King Institute of Preventive Medicine Micro-Biological Section reports 1909-11
Year: 1909
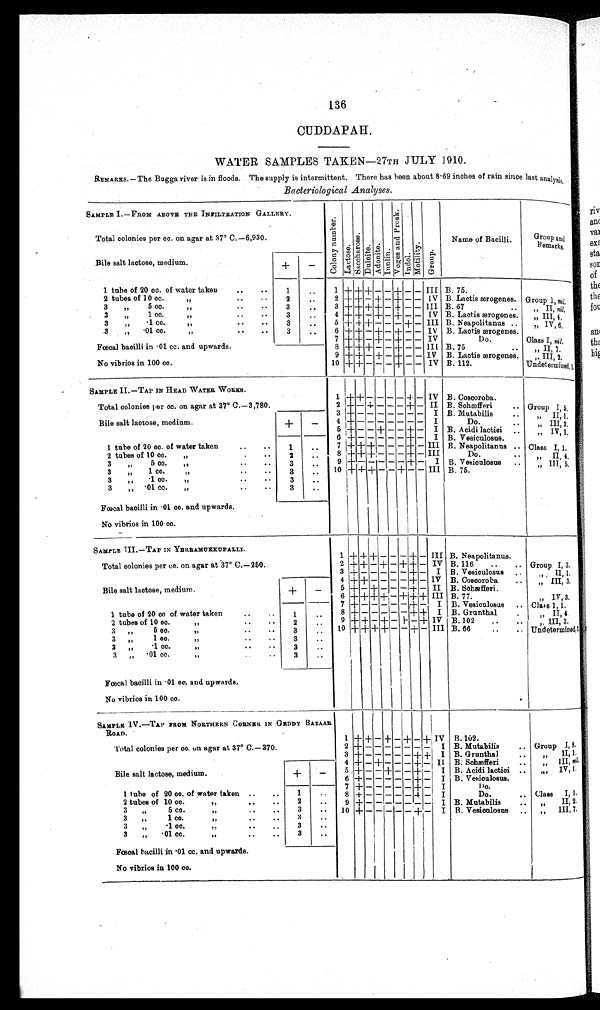
136
CUDDAPAH.
WATER SAMPLES TAKEN—27TH JULY 1910.
REMARKS.—The Bugga river is in floods. The supply is intermittent. There has been about 8.69 inches of rain since last anal
ysis.
Bacteriological Analyses.
SAMPLE I.—FROM ABOVE THE INFILTRATION GALLERY.
Col ony numberLact ose.Lactose.Dulcite.Adoni t e.Inulin. V o g e s a n d P r o s k . Indol.Mot i l i t y.Group.
Name of Bacilli.
Group and
Remarks.
Total colonies per cc. on agar at 37° C.—6,930.
Bile salt lactose, medium
+
−
1 tube of 20 cc. of water taken
1
1 + + + − −
+
− − III B. 75.
2 tubes of 10 cc. 1
,
2
2
+
+ −
+ −
+
− − IV B. Lactie ærogenes. Group 1,
nil.
3 „ 5 cc. „
3
3
+ +
+
+
−
+
− − III B. 67
„ II, n i l .
3 „ 1 cc.„
3
4
+
+ − + − + − − IV B. Lactis ærogenes
„ III, 4,
3 „ ·1 cc.
3
5
+
+
+
− − − + − III B. Neapolitanus
„ IV, 6,
3 „ ·01 cc.
3
6 + + − + − + − − IV B. Lactis ærogenes.
Fœcal bacilli in ·01 cc. and upwards.
7
+ + − + − + − − IV
Do.
Class I, nil.
8
+ +
+
− −
+
− − III B. 75
„ II, 7.
9
+
+ −
+
−
+
− − IV B. Lactis ærogenes.
„ III, 2.
No vibrios in 100 cc.
10 + + − − −
+
− − IV B. 112.
„
Undet er mi ned, 1,
SAMPLE II.—TAP IN HEAD WATER WORKS.
Total colonies per cc. on agar at 37° C.—3,780.
1
+
+ − − − −
+
− IV B. Coscoroba.
2
+
−
+
− − − + −
II B. Schæfferi
Group I 5
3 + − − − − − − −
I B. Mutabilis
„ II,1
Bile salt lactose, medium.
+
−
4
+
− − − − − − −
I
Do.
„ III,3.
5
+
− − + − −
+
−
I B. Acidi lactici
„ IV, 1
6
+
− − − − − + −
I B. Vesiculosus.
1 tube of 20 cc. of water taken
1
7
+
+
+
− − − + − III B. Neapolitanus
Class I, 1.
2 tubes of 10 cc. „
2
8
+
+ +
− − − + − III
Do.
„ II, 4.
3 „ 5 cc. „
3
9
+
− − − − − + −
I B. Vesiculosus
„ III, 5.
3 „ 1 cc. „
3
10
+
+ +
− − + − − III B. 75.
3 „ ·1cc. „
3
3 „ ·01 cc. „
3
Fœcal bacilli in ·01 cc. and upwards.
No vibrios in 100 cc.
SAMPLE III.—TAP IN YERRAMUKKUPALLI.
Total colonies per cc.on agar at 37° C.—250.
1 + +
+ − − −
+
− III B. Neapolitanus
2
+
+ −
+
−
+
+ − IV B. 116
Group I, 3.
3
+
− − − − −
+
−
I B. Vesiculosus
„ II, 1,
4
+ +
− − − −
+
− IV B. Coscoroba
„ III, 3.
Bile salt lactose, medium.
+
−
5
+
−
+
− − −
+
− II B. Schæfferi.
6
+ +
+
+
−
+ + +
III B. 77.
„ IV, 3.
7
+
− − − − −
+
−
I B. Vesiculosus
„ Cl a s s 1 , 1 .
1 tube 20 cc of water taken
of
1
8
+
− − − − −
+ +
I B. Grunthal
„ II, 4
2 tubes of 10 cc. „
2
9
+
+
−
+
−
+
−
+
IV B. 102
„ III, 3.
3 „ 5 cc. „
3
10
+ +
+ + − −
+
−
III B. 66
Undet er mi ned, 2
3 „ 1 cc. „
3
3 „ ·1 cc. „
3
3 „ ·01 cc. „
3
Fœcal bacilli in ·01 cc. and upwards.
No vibrios in 100 cc.
SAMPLE IV.—TAP PROM NORTHERN CORNER IN GEDDY BAZAAR
ROAD.
Total colonies per cc. on agar at 37° C.—370.
1
+ +
−
+
−
+
−
+
IV B.102.
2
+
− − − − − −
−
I
B. Mutabilis
Group I, 8.
3
+
− − − − −
+ +
I
B. Grunthal
„ II, 1.
Bile salt lactose, medium.
+
−
4 +
− +
− − −
+
−
II B. Schæfferi.
„ III, nil.
5
+
− −
+
− −
+
−
I
B. Acidi lactici.
„ IV, 7.
6
+
− − − − −
+
−
I
B. Vesiculosus
7
+
− − − − −
+
−
I
Do.
1 tube of 20 cc. of water taken
1
8
+
− − − − −
+
−
I
Do.
Class I, 1.
2 tubes of 10 cc. „
2
9
+
− − − − −
+
−
I
B. Mutabilis
„ II, 2.
3 „ 5 cc. „
3
10
+
− − − − −
− −
I
B. Vesiculosus
„ III, 7.
3 „ 1 cc.„
3
3 „ ·1 cc. „
3
3 „ ·01 cc. „
3
Fœcal bacilli in ·01 cc. and upwards.
No vibrios in 100 cc.